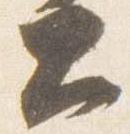
大